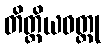
တိတ္ထိယဝတ္ထု